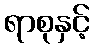
ရာစုနှင့်